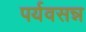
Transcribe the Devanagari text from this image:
पर्यवसन्न